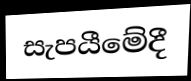
සැපයීමේදී